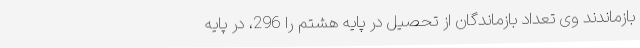
بازماندند وی تعداد بازماندگان از تحصیل در پایه هشتم را 296، در پایه